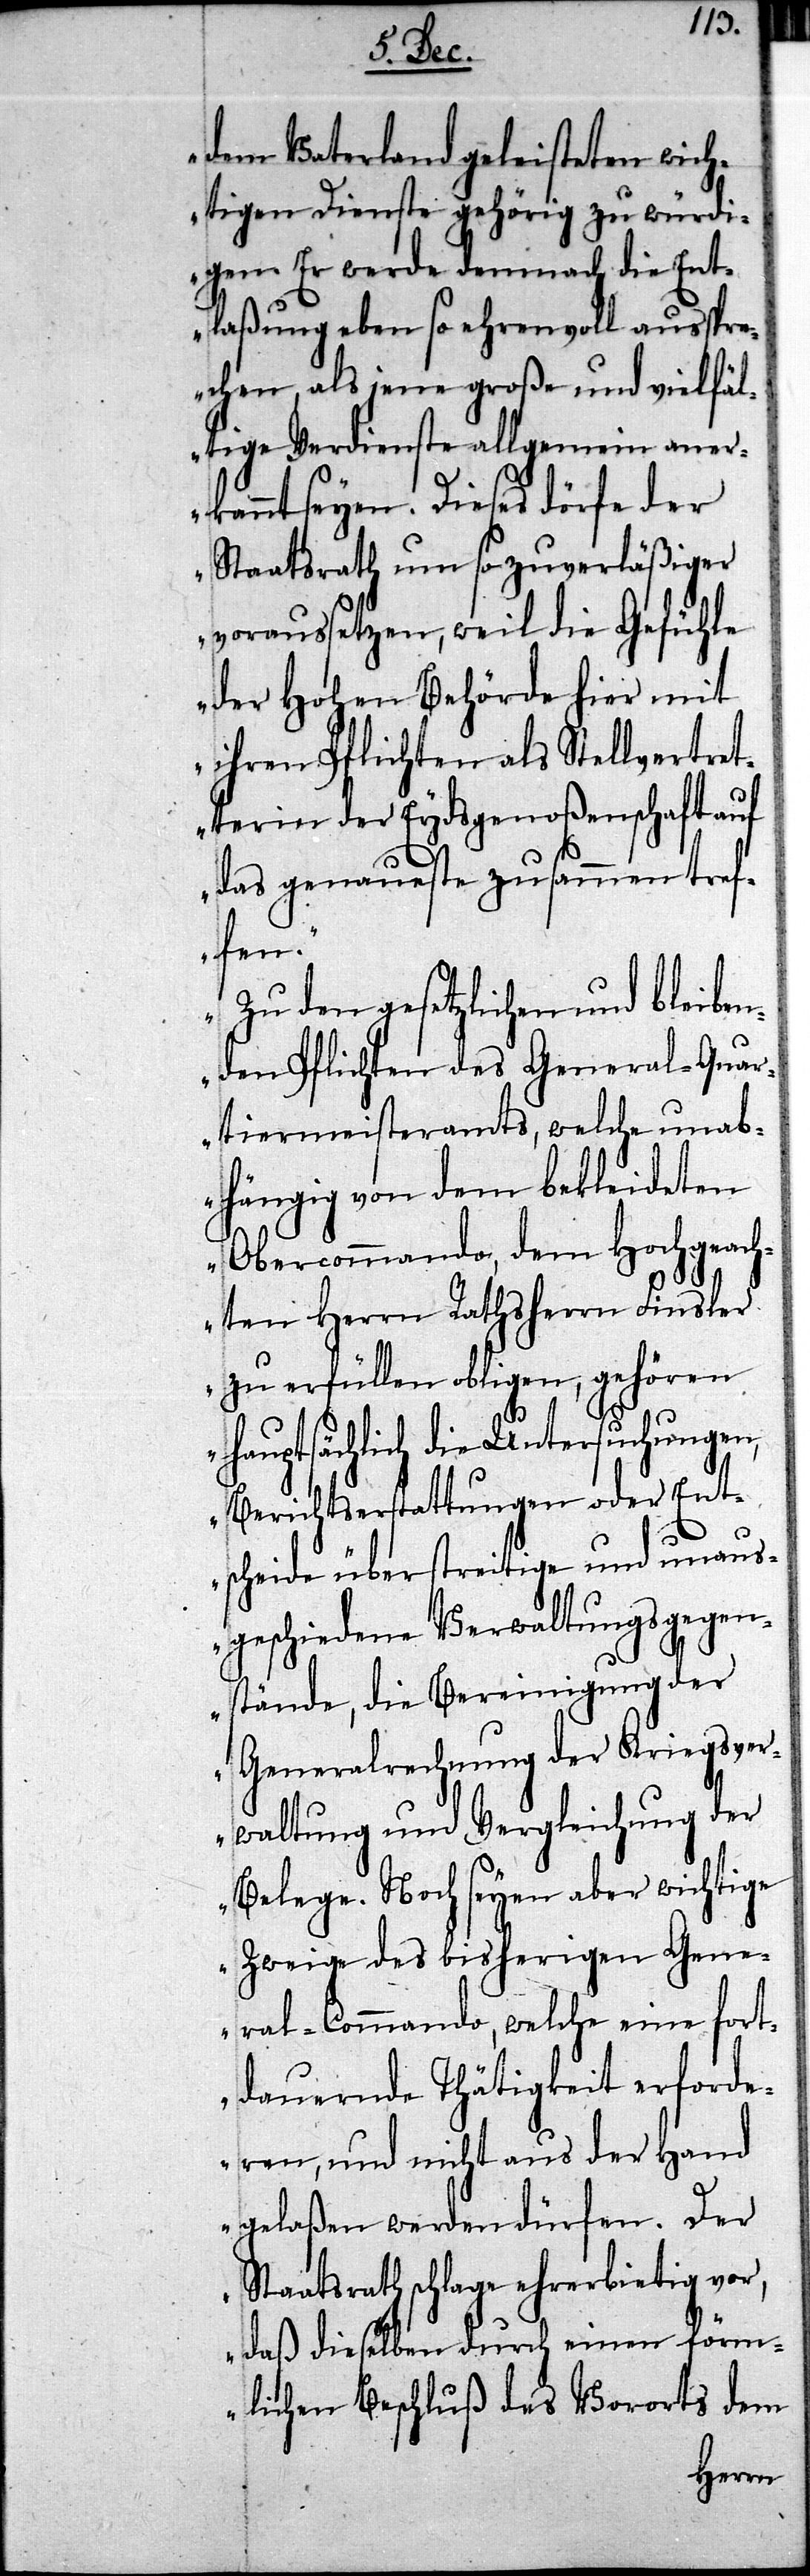
dem Vaterland geleisteten wich¬
tigen Dienste gehörig zu würdi¬
gen. Er werde demnach die Ent¬
laßung eben so ehrenvoll ausspr¬
echen, als jene große und vielfäl¬
tige Verdienste allgemein aner¬
kannt seyen. Dieses dörfe der
Staatsrath um so zuverläßiger
voraussetzen, weil die Gefühle
der Hohen Behörde hier mit
ihren Pflichten als Stellvertret¬
terin der Eydsgenoßenschaft auf
das genaueste zusammen tref¬
fen.
Zu den gesetzlichen und bleibe¬
nden Pflichten des General-Quar¬
tiermeisteramts, welche unab¬
hängig von dem bekleideten
Obercommando, dem Hochgeach¬
ten Herrn Rathsherrn Finsler
zu erfüllen obligen, gehören
hauptsächlich die Untersuchungen,
Berichterstattungen oder Ent¬
scheide über streitige und unaus¬
geschiedene Verwaltungsgegen¬
stände, die Bereinigung der
Generalrechnung der Kriegsver¬
waltung und Vergleichung der
Belege. Noch seyen aber wichtige
Zweige des bisherigen Gene¬
ral-Commando, welche eine fort¬
dauernde Thätigkeit erforde¬
ren, und nicht aus der Hand
gelaßen werden dürfen. Der
Staatsrath schlage ehrerbietig vor,
daß dieselben durch einen förm¬
lichen Beschluß des Vororts dem